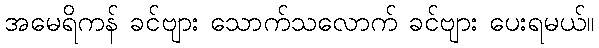
အမေရိကန် ခင်ဗျား သောက်သလောက် ခင်ဗျား ပေးရမယ်။